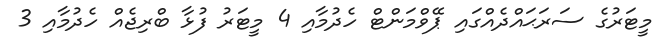
މީޓަރުގެ ސަރަޙައްދެއްގައި ޕޭވްމަންޓް ހެދުމާއި 4 މީޓަރު ފުޅާ ބްރިޖެއް ހެދުމާއި 3